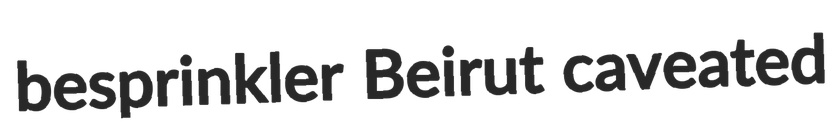
besprinkler Beirut caveated